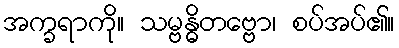
အက္ခရာကို။ သမ္ဗန္ဓိတဗ္ဗော၊ စပ်အပ်၏။